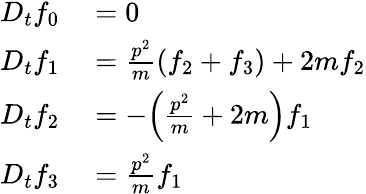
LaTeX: \begin{array}{rl}{D_{t}f_{0}}&{{}=0}\\ {D_{t}f_{1}}&{{}=\frac{p^{2}}{m}(f_{2}+f_{3})+2mf_{2}}\\ {D_{t}f_{2}}&{{}=-\Big(\frac{p^{2}}{m}+2m\Big)f_{1}}\\ {D_{t}f_{3}}&{{}=\frac{p^{2}}{m}f_{1}}\end{array}